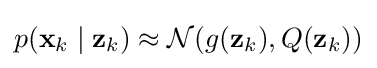
p(\mathbf {x} _{k}\mid \mathbf {z} _{k})\approx {\mathcal {N}}(g(\mathbf {z} _{k}),Q(\mathbf {z} _{k}))